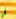
في